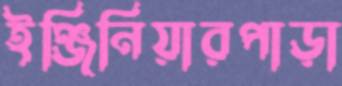
ইঞ্জিনিয়ারপাড়া